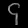
Digit: ၄